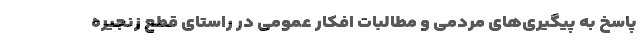
پاسخ به پیگیری‌های مردمی و مطالبات افکار عمومی در راستای قطع زنجیره